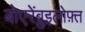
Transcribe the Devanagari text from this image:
बोएरेंब्रुइलोफ़्त